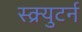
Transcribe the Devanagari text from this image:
स्क्र्युटर्न